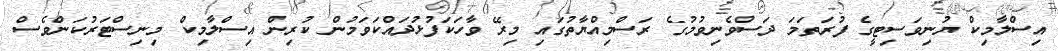
އިސްލާމިިކް ޔުނިވަސިޓީގެ ފުރަތަމަ ދަސްވެނިވުމުގެ ރަސްމިއްޔާތުގައި މިރޭ ވާހަކަފުޅުދައްކަވަމުން ކުރިން އިސްލާމިކް މިނިސްޓަރުކަންވެސް